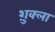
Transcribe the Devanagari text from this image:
श़ुक्ला